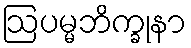
ဩပမ္မဘိက္ခုနာ